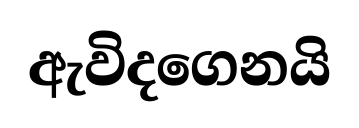
ඇවිදගෙනයි